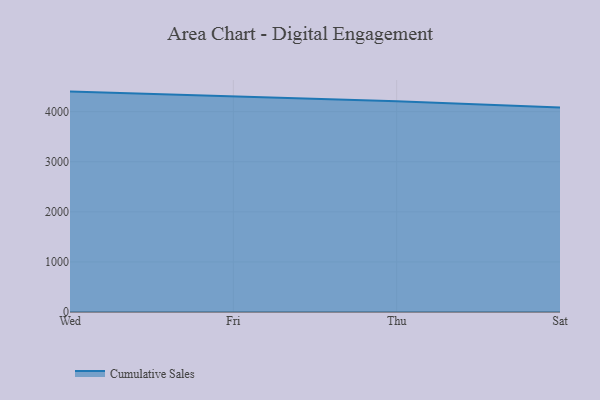
{"axis": {"x": "Day", "y": "Conversion Rate (%)"}, "legend": ["Cumulative Sales"], "data": [{"x": "Wed", "y": 4400.4, "type": "Cumulative Sales"}, {"x": "Fri", "y": 4299.3, "type": "Cumulative Sales"}, {"x": "Thu", "y": 4208.0, "type": "Cumulative Sales"}, {"x": "Sat", "y": 4082.7, "type": "Cumulative Sales"}]}